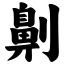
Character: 劓